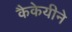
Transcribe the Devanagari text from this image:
कैकेयीने